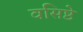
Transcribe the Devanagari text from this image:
वसिष्ठे